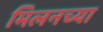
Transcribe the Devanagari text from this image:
मिलनच्या